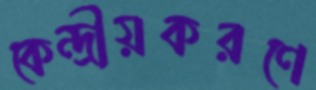
কেন্দ্রীয়করণে